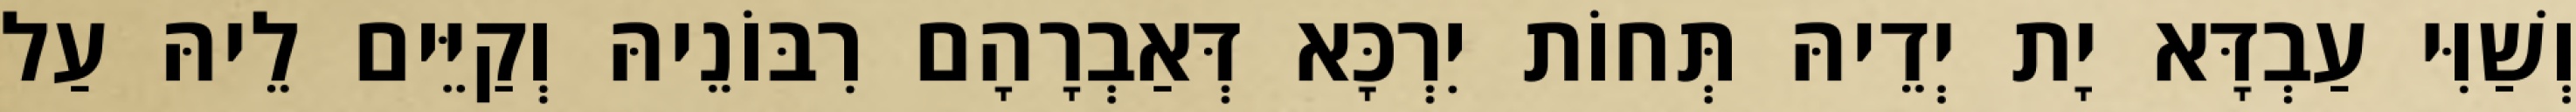
וְשַׁוִּי עַבְדָּא יָת יְדֵיהּ תְּחוֹת יִרְכָּא דְּאַבְרָהָם רִבּוֹנֵיהּ וְקַיֵּים לֵיהּ עַל